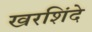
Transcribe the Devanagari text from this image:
खरशिंदे